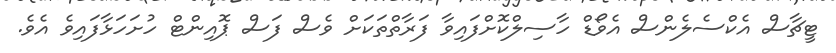
ޓީޗާސް އެކްސެލެންސް އެވޯޑް ހާސިލްކޮށްފައިވާ ފަރާތްތަކަށް ވެސް ފަސް ޕޮއިންޓް ހުށަހަޅާފައިވެ އެވެ.